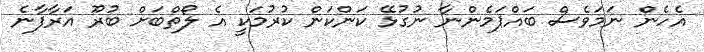
އެހެން ނަމަވެސް ބައްޕަމެންނާ ނުގުޅޭ ކަންކަން ކުރުމަކީ އެ ލޯތްބަށް ބުރޫ އަރާފާނެ